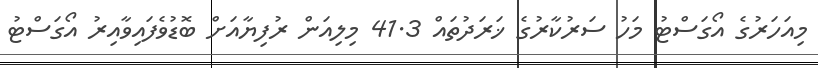
މިއަހަރުގެ އޯގަސްޓު މަހު ސަރުކާރުގެ ޚަރަދުތައް 41.3 މިލިއަން ރުފިޔާއަށް ބޮޑުވެފައިވާއިރު އޯގަސްޓު